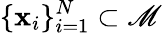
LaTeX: \{ \mathbf{x}_{i}\} _{i=1}^{N}\subset\mathscr{{M}}